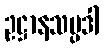
ဥဋ္ဌာနသမ္ပဒါ